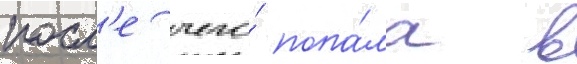
посл'е чего́ попа́ла в